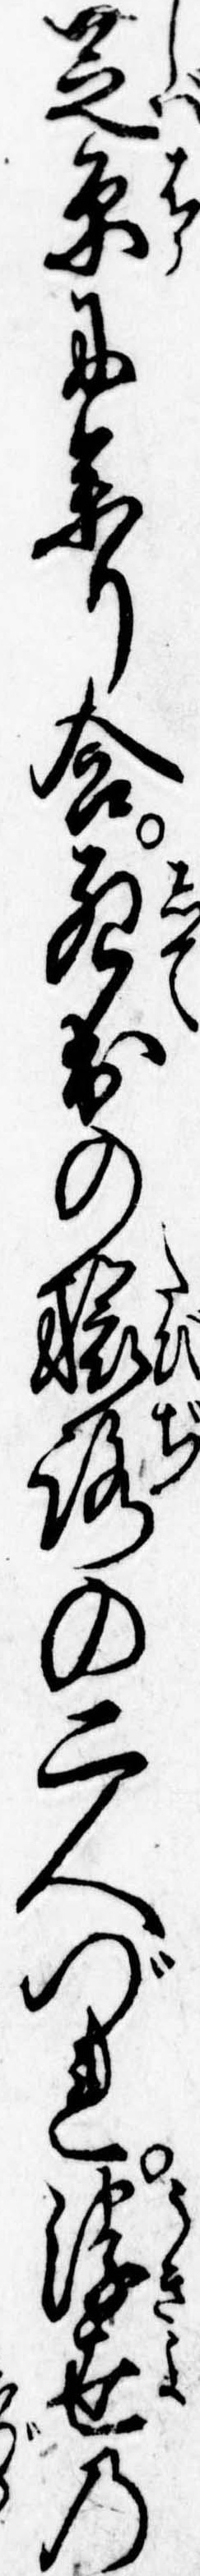
芝原に参り合死出の旅路の二人づれ浮世の